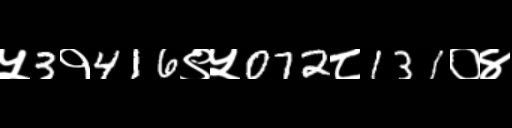
Text: ५3१416९५072८131०४